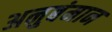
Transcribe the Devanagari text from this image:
अनुबंमान